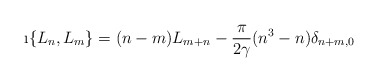
\begin{align*}\i \{L_n, L_m \} = (n-m)L_{m+n} - \frac{\pi}{2\gamma}(n^3 - n)\delta_{n+m,0} \,\end{align*}